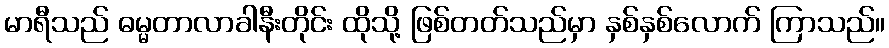
မာရီသည် ဓမ္မတာလာခါနီးတိုင်း ထိုသို့ ဖြစ်တတ်သည်မှာ နှစ်နှစ်လောက် ကြာသည်။